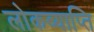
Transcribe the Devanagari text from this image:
लोकव्याप्ति